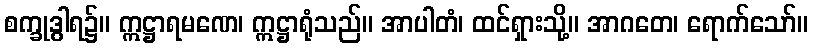
စက္ခုဒွါရ၌။ ဣဋ္ဌာရမဏေ၊ ဣဋ္ဌာရုံသည်။ အာပါတံ၊ ထင်ရှားသို့။ အာဂတေ၊ ရောက်သော်။